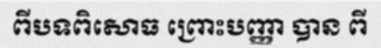
ពីបទពិសោធ ព្រោះបញ្ញា បាន ពី